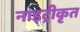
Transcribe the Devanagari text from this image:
नाइट्रीकृत